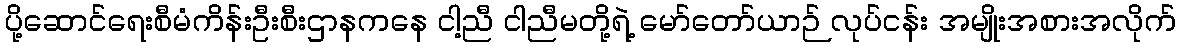
ပို့ဆောင်ရေးစီမံကိန်းဦးစီးဌာနကနေ ငါ့ညီ ငါညီမတို့ရဲ့ မော်တော်ယာဉ် လုပ်ငန်း အမျိုးအစားအလိုက်